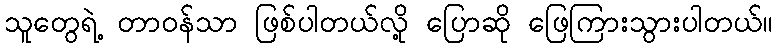
သူတွေရဲ့ တာဝန်သာ ဖြစ်ပါတယ်လို့ ပြောဆို ဖြေကြားသွားပါတယ်။